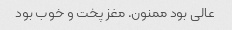
عالی بود ممنون. مغز پخت و خوب بود